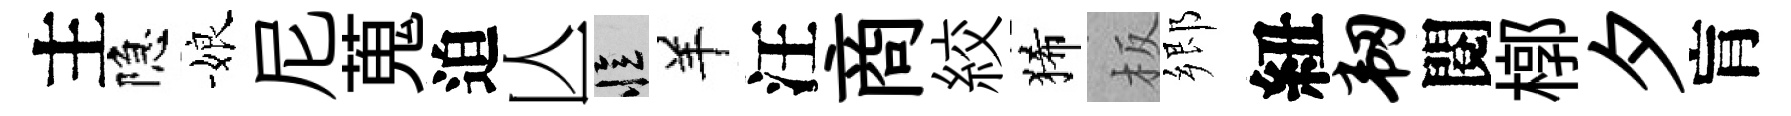
主隐娘尼蒐迫亾忆羊汪商絞狶板郷紐韧閱槨夕肓